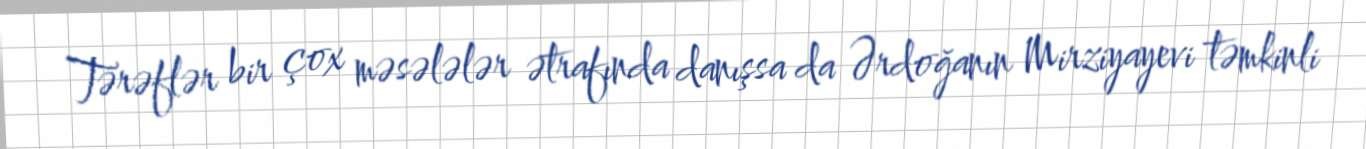
Tərəflər bir çox məsələlər ətrafında danışsa da Ərdoğanın Mirziyayevi təmkinli